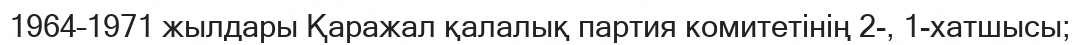
1964–1971 жылдары Қаражал қалалық партия комитетінің 2-, 1-хатшысы;